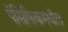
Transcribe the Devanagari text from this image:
पॅसिफिकमधील